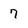
Character: 7